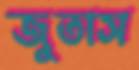
জুতাস